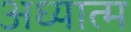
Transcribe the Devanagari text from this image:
अध्यात्‍म